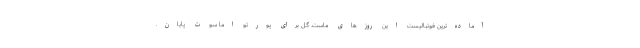
آماده‌ترین فوتبالیست این روزهای ماست. گل برای پورتو اما سوت پایان.